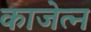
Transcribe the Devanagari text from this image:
काजेत्न